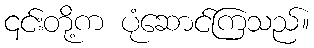
၎င်းတို့က ပုံဆောင်ကြသည်။